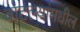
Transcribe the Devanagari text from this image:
बाटल्यांमधील